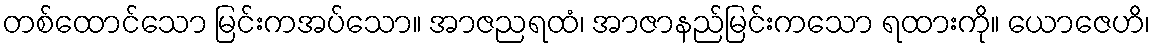
တစ်ထောင်သော မြင်းကအပ်သော။ အာဇညရထံ၊ အာဇာနည်မြင်းကသော ရထားကို။ ယောဇေဟိ၊